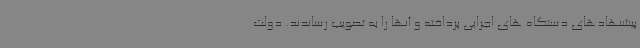
پیشنهادهای دستگاه های اجرایی پرداخته و آنها را به تصویب رساندند. دولت